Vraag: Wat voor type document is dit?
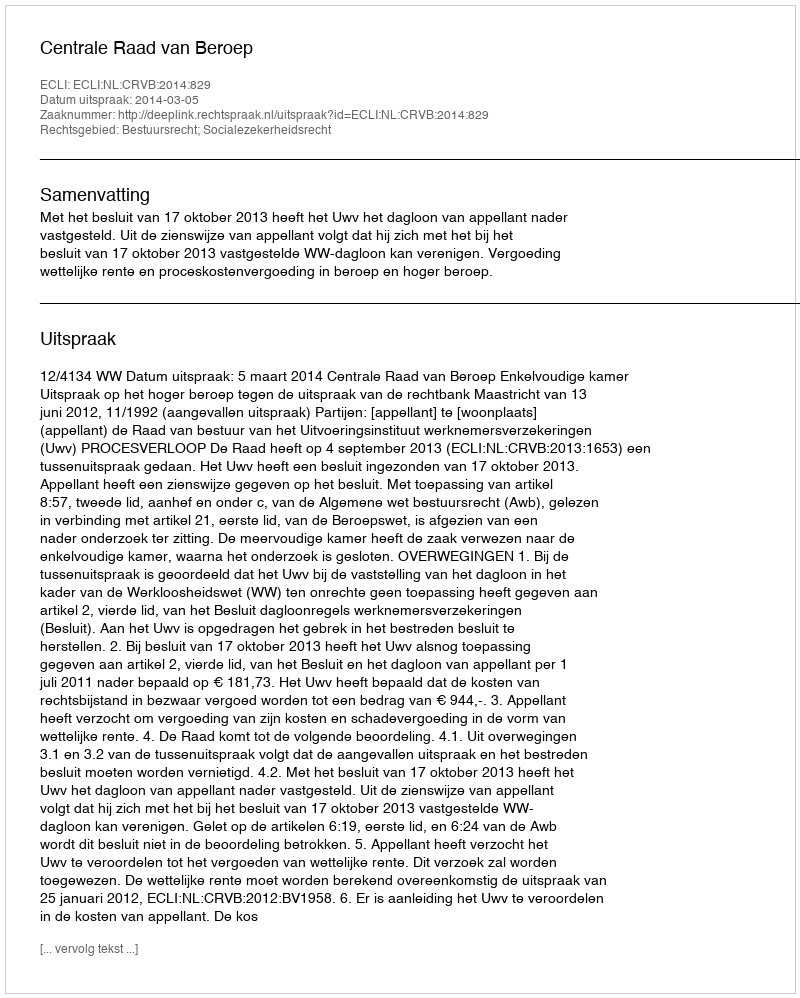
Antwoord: Uitspraak